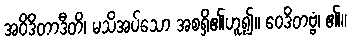
အဝိဒိတာဒီတိ၊ မသိအပ်သော အစရှိ၏ဟူ၍။ ဝေဒိတဗ္ဗံ၊ ၏။